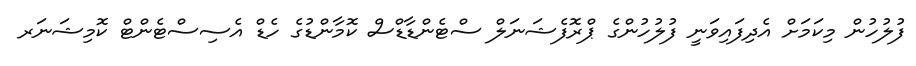
ފުލުހުން މިކަމަށް އެދިފައިވަނީ ފުލުހުންގެ ޕްރޮފެޝަނަލް ސްޓެންޑާޑްސް ކޮމާންޑުގެ ހެޑް އެސިސްޓެންޓް ކޮމިޝަނަރ